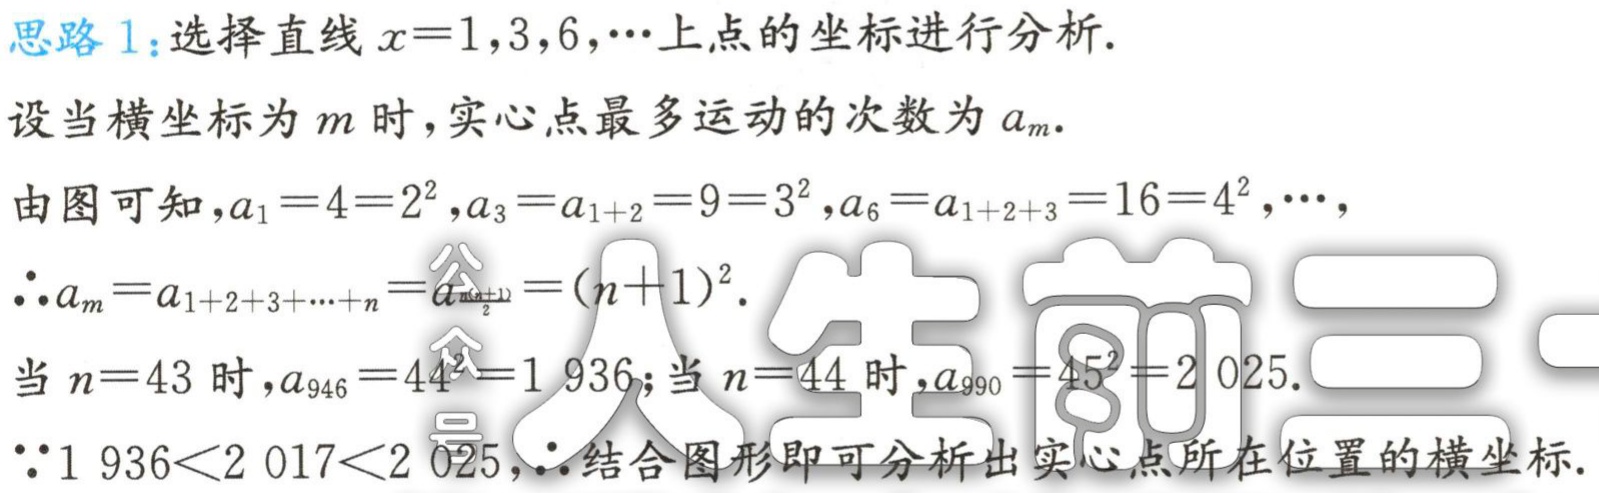
思路 1：选择直线 \(x = 1,3,6,\cdots\)上点的坐标进行分析.

设当横坐标为 \(m\) 时，实心点最多运动的次数为 \(a_{m}\).

由图可知，\(a_{1}=4 = 2^{2},a_{3}=a_{1 + 2}=9 = 3^{2},a_{6}=a_{1 + 2+3}=16 = 4^{2},\cdots\)，

\(\therefore a_{m}=a_{1 + 2+3+\cdots + n}=a_{\frac{n(n + 1)}{2}}=(n + 1)^{2}\).

当 \(n = 43\) 时，\(a_{946}=44^{2}=1\ 936\)；当 \(n = 44\) 时，\(a_{990}=45^{2}=2\ 025\).

\(\because1\ 936<2\ 017<2\ 025\)，\(\therefore\)结合图形即可分析出实心点所在位置的横坐标.